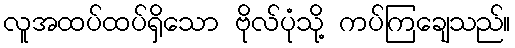
လူအထပ်ထပ်ရှိသော ဗိုလ်ပုံသို့ ကပ်ကြချေသည်။